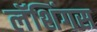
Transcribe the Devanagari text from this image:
लॅशिंगस